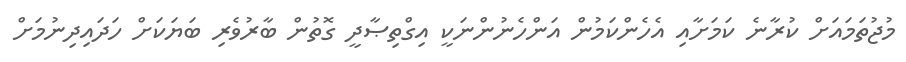
މުޖުތަމައަށް ކުރާނެ ކަމަށާއި އެހެންކަމުން އަންހެނުންނަކީ އިގްތިޞާދީ ގޮތުން ބާރުވެރި ބަޔަކަށް ހަދައިދިނުމަށް